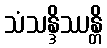
သံသန္ဒိဿန္တိ